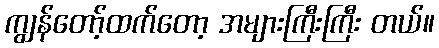
ကျွန်တော့်ထက်တော့ အများကြီးကြီး တယ်။